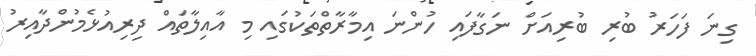
ގިނަ ފަހަރު ބުރި ބުރިއަށް ނަގާފައި ހުންނަ އިމާރާތްތަކުގައި މި އާއިލާތައް ދިރިއުޅެމުންދާއިރު